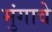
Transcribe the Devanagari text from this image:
मुंगावे